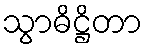
သွာဓိဋ္ဌိတာ